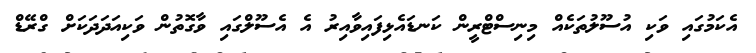
އެކަމުގައި ވަކި އުސޫލުތަކެއް މިނިސްޓްރީން ކަނޑައެޅިފައިވާއިރު އެ އެސޫލްގައި ވާގޮތުން ވަކިއަދަދަކަށް ގްރޭޑް